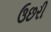
ઉછરી